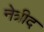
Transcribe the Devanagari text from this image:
नेत्रीद